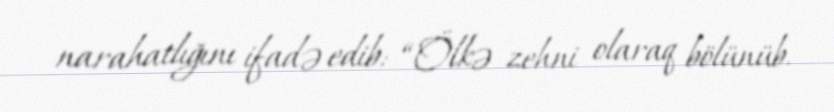
narahatlığını ifadə edib: “Ölkə zehni olaraq bölünüb.